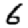
Digit: 6